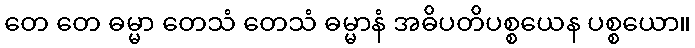
တေ တေ ဓမ္မာ တေသံ တေသံ ဓမ္မာနံ အဓိပတိပစ္စယေန ပစ္စယော။